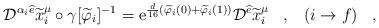
LaTeX: \begin{align*}{\cal D}^{\alpha_i\widehat{e}} \widetilde{x}_i^{\mu} \circ\gamma[\widetilde{\varphi}_i]^{-1}= {\rm e}^{ \frac{d}{16} (\widetilde{\varphi}_i(0) + \widetilde{\varphi}_i(1))}{\cal D}^{\widehat{e}}\widetilde{x}_i^{\mu}\;\;\;,\;\;\;(i\rightarrow f)\;\;\;,\end{align*}